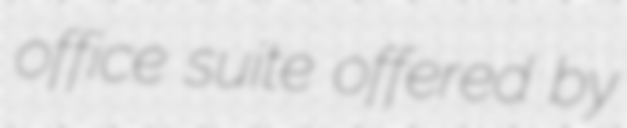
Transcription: office suite offered by